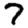
Digit: 7